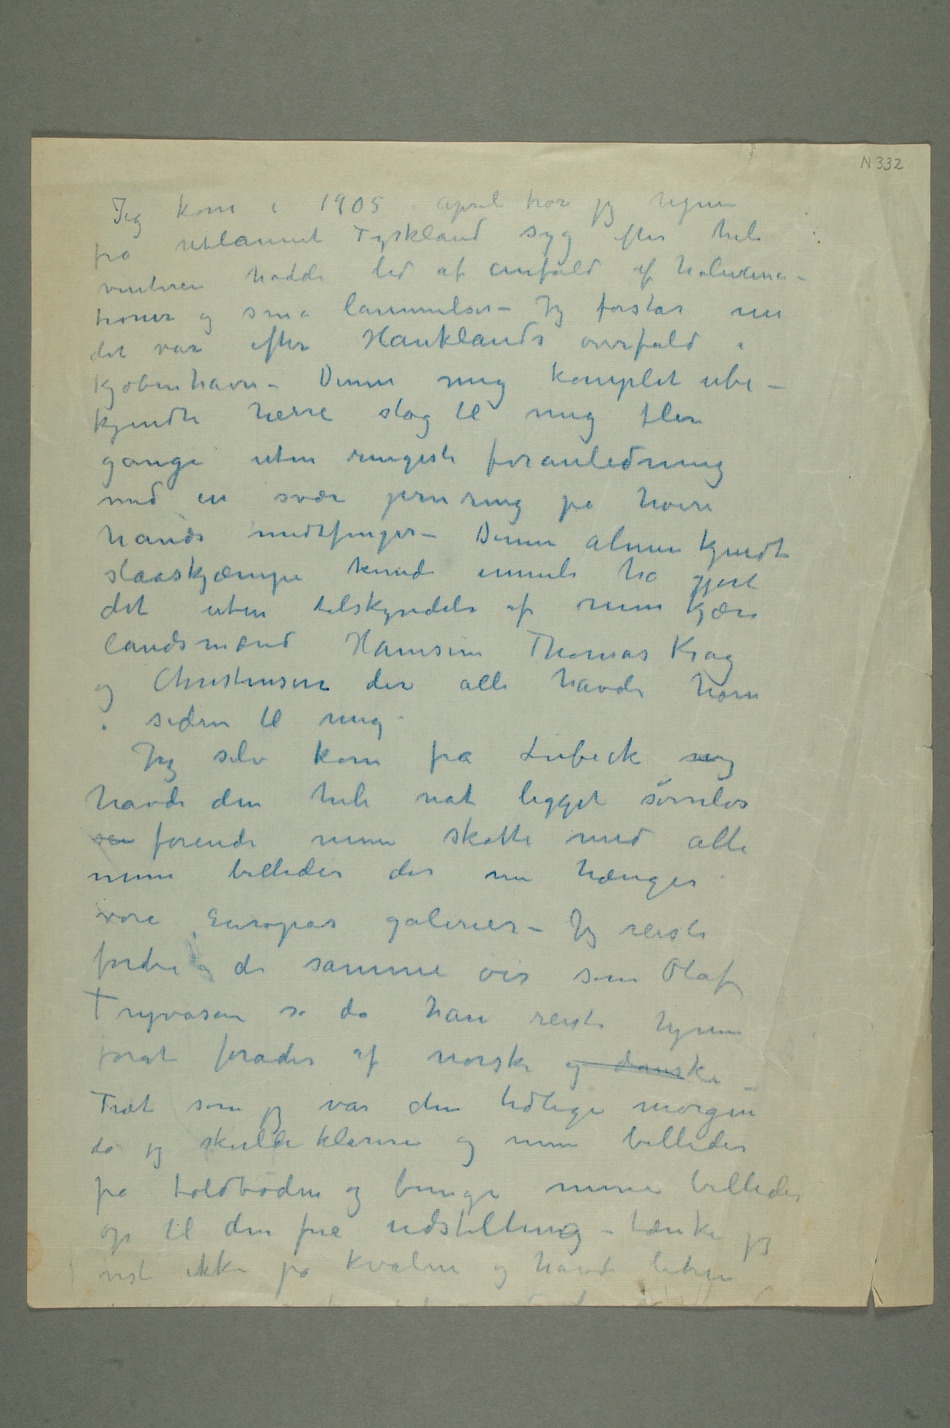
Jeg kom i 1905 i
jeg hjem
fra utlannet Tyskland syg efter hele
vinteren hadde lidt af anfald af halucina-
tioner og små lammelser – Jeg forstår nu
det var efter Hauklands overfald i
Kjøbenhavn – Denne mig komplet ube-
kjendte herre slog til mig flere
gange uten ringeste foranledning
med en svær jernring på høire
hånds midtfinger – Denne almen kjendte
slaaskjæmpe kunde umuli ha gjort
det uten tilskyndelse af mine kjære
landsmænd Hamsun Thomas Krag og
i siden til mig.
Jeg selv kom fra Lübeck og
havde den hele nat ligget søvnløs
se førende mine skatte med alle
mine billeder der nu hænger i
vore Europas galerier – Jeg reiste
forbi de samme øier som Olaf
forat forådes af norske og danske
Træt som jeg var den tidlige morgen
da jeg skulde klarere og mine billeder
på toldboden og bringe mine billeder
op til den frie udstilling – tænker jeg
ikke på kvalme og havde liden